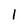
Character: l